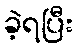
ခဲ့ရပြီး